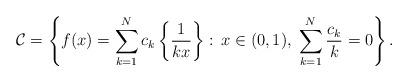
LaTeX: \begin{align*}\mathcal{C}=\left\{ f(x) = \sum_{k=1}^N c_k \left\{\frac{1}{kx}\right\}:\, x \in (0,1), \; \sum_{k=1}^N \frac{c_k}{k} =0 \right\}.\end{align*}